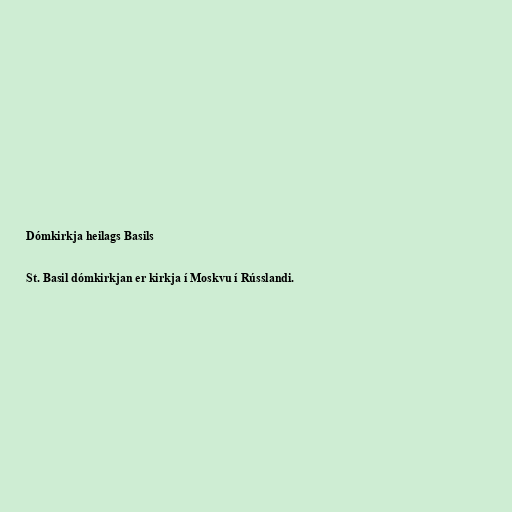
Dómkirkja heilags Basils

St. Basil dómkirkjan er kirkja í Moskvu í Rússlandi.